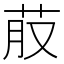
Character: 𮎭